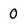
Character: 0